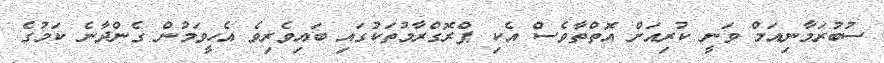
ސުބުރަމާނިއަމް ވަނީ ކުރިއަށް އޮތްތާވެސް އެކި ޕްރޮގްރާމުތަކުގައި ބައިވެރިވެ އެހީވަމުން ގެންދާނެ ކަމުގެ